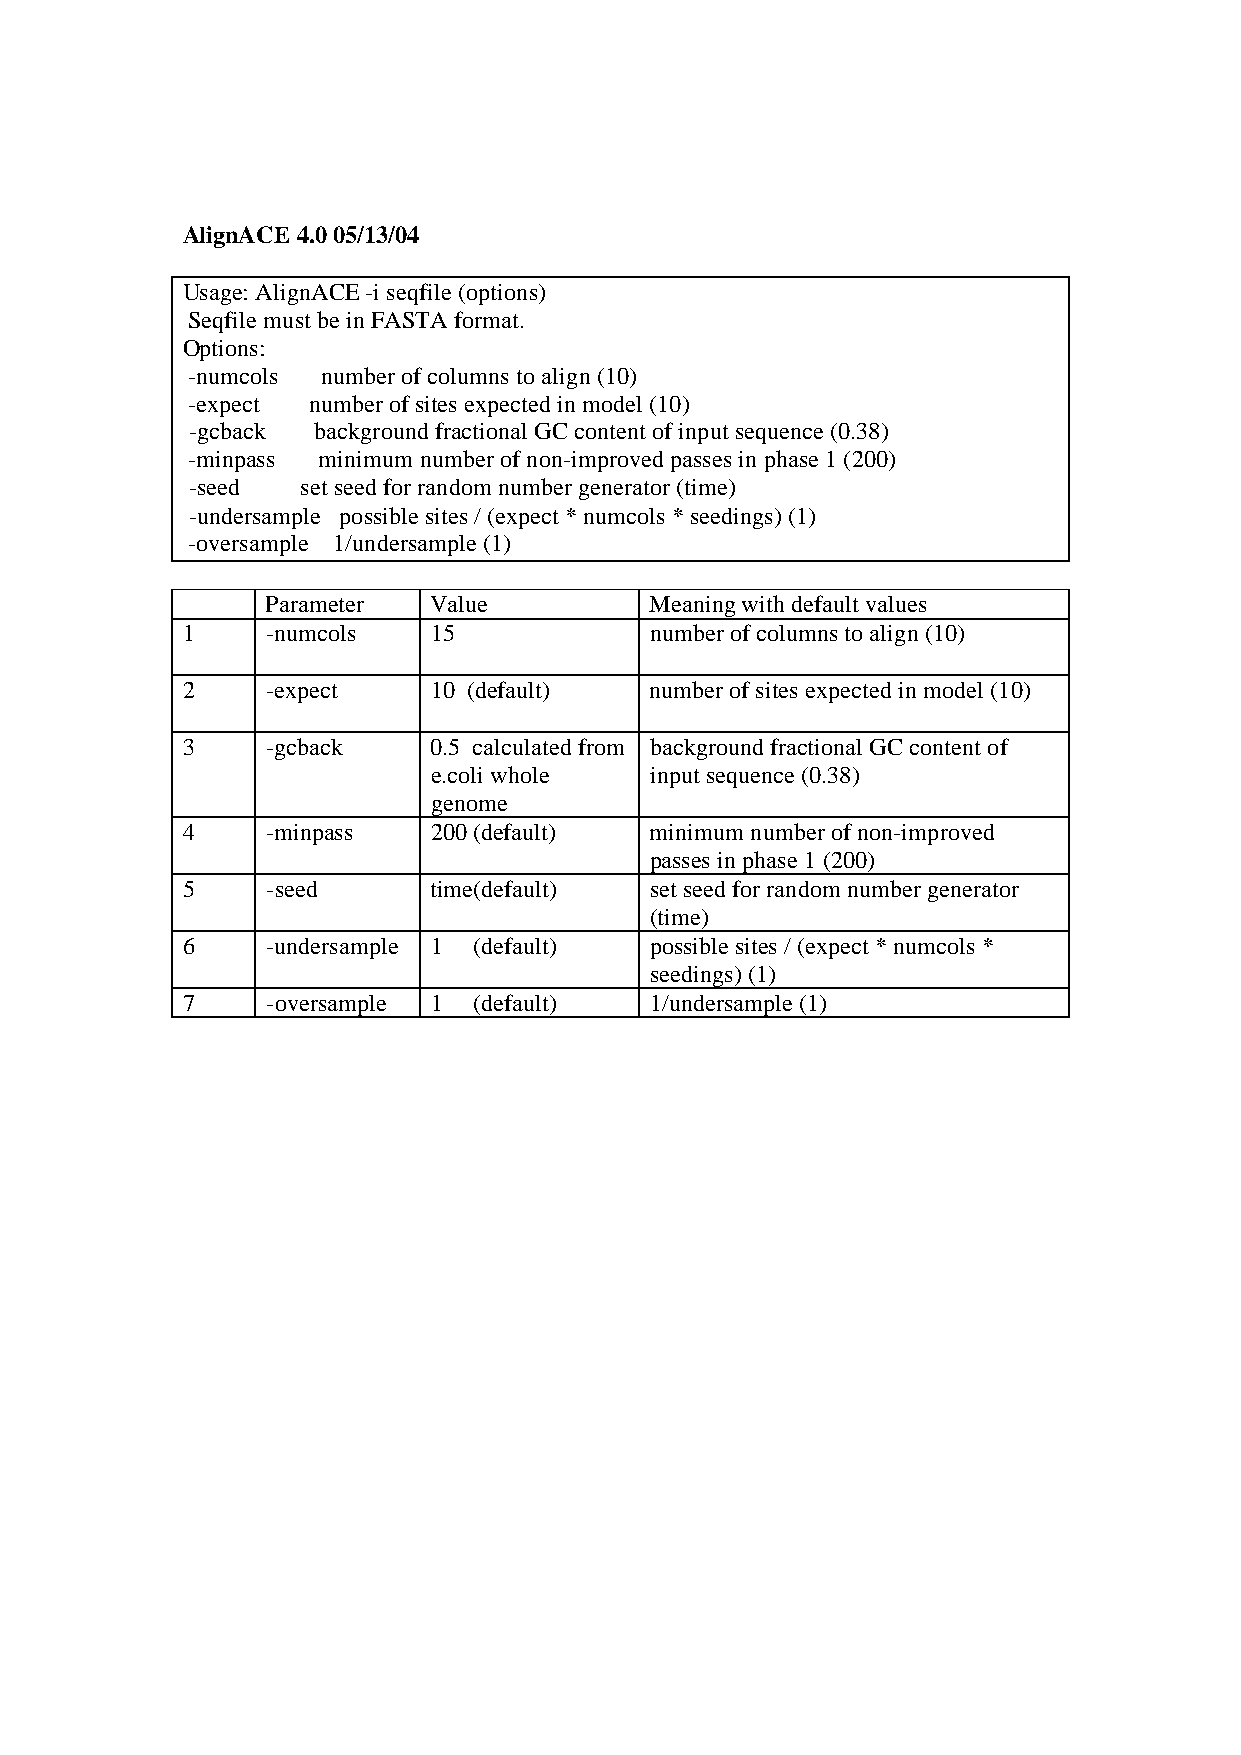
AlignACE 4.0 05/13/04
 Usage: AlignACE -i seqfile (options)
 Seqfile must be in FASTA format.
 Options:
 -numcols number of columns to align (10)
 -expect number of sites expected in model (10)
 -gcback  background fractional GC content of input sequence (0.38)
 -minpass minimum number of non-improved passes in phase 1 (200)
 -seed   set seed for random number generator (time)
 -undersample possible sites / (expect * numcols * seedings) (1)
 -oversample 1/undersample (1)
 Parameter  Value         Meaning with default values
 1     -numcols   15            number of columns to align (10)
 2     -expect   10 (default)   number of sites expected in model (10)
 3     -gcback   0.5 calculated from background fractional GC content of
 e.coli whole   input sequence (0.38)
 genome
 4     -minpass  200 (default)  minimum number of non-improved
 passes in phase 1 (200)
 5     -seed     time(default)  set seed for random number generator
 (time)
 6     -undersample 1 (default) possible sites / (expect * numcols *
 seedings) (1)
 7     -oversample 1 (default)  1/undersample (1)